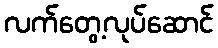
လက်တွေ့လုပ်ဆောင်